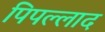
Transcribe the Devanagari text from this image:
पिपल्लाद